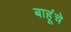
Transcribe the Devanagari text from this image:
बाहूंचे